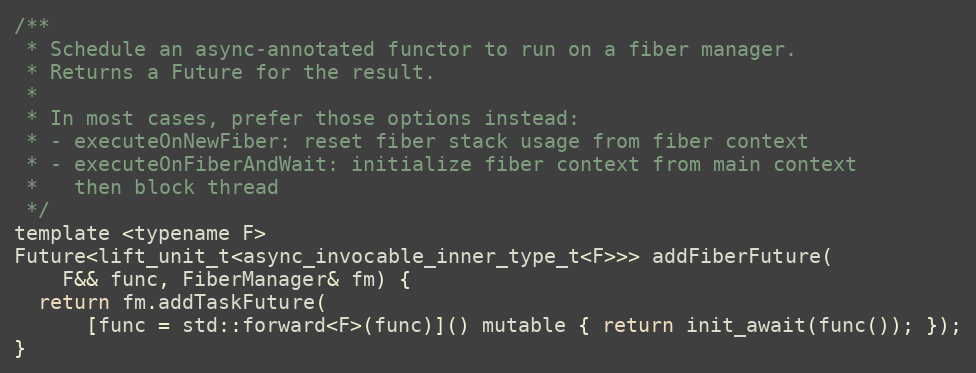
Language: C
/**
 * Schedule an async-annotated functor to run on a fiber manager.
 * Returns a Future for the result.
 *
 * In most cases, prefer those options instead:
 * - executeOnNewFiber: reset fiber stack usage from fiber context
 * - executeOnFiberAndWait: initialize fiber context from main context
 *   then block thread
 */
template <typename F>
Future<lift_unit_t<async_invocable_inner_type_t<F>>> addFiberFuture(
    F&& func, FiberManager& fm) {
  return fm.addTaskFuture(
      [func = std::forward<F>(func)]() mutable { return init_await(func()); });
}